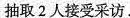
抽取2人接受采访.